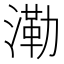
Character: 𣼷